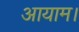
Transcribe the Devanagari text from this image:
आयाम।